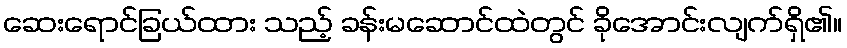
ဆေးရောင်ခြယ်ထား သည့် ခန်းမဆောင်ထဲတွင် ခိုအောင်းလျက်ရှိ၏။